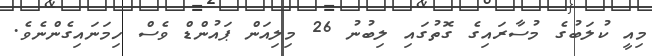
މިއީ ކުލަބުގެ މުސާރައިގެ ގޮތުގައި ލިބުނު 26 މިލިއަން ޕައުންޑް ވެސް ހިމަނައިގެންނެވެ.